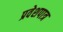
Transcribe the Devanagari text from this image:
प्रवेशपात्र